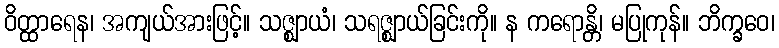
ဝိတ္ထာရေန၊ အကျယ်အားဖြင့်။ သဇ္ဈာယံ၊ သရဇ္ဈာယ်ခြင်းကို။ န ကရောန္တိ၊ မပြုကုန်။ ဘိက္ခဝေ၊